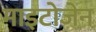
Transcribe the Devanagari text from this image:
माइटोजेन